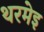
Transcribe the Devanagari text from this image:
थरमेइ